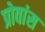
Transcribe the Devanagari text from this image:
प्रोवांस